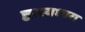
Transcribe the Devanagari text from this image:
हास्यधारा